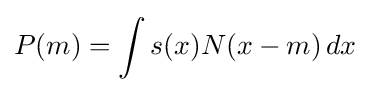
P(m)=\int s(x)N(x-m)\,dx